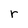
Character: r